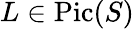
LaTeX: L\in{\mathrm{Pic}}(S)